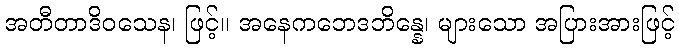
အတီတာဒိဝသေန၊ ဖြင့်။ အနေကဘေဒဘိန္နေ၊ များသော အပြားအားဖြင့်